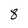
Character: 8